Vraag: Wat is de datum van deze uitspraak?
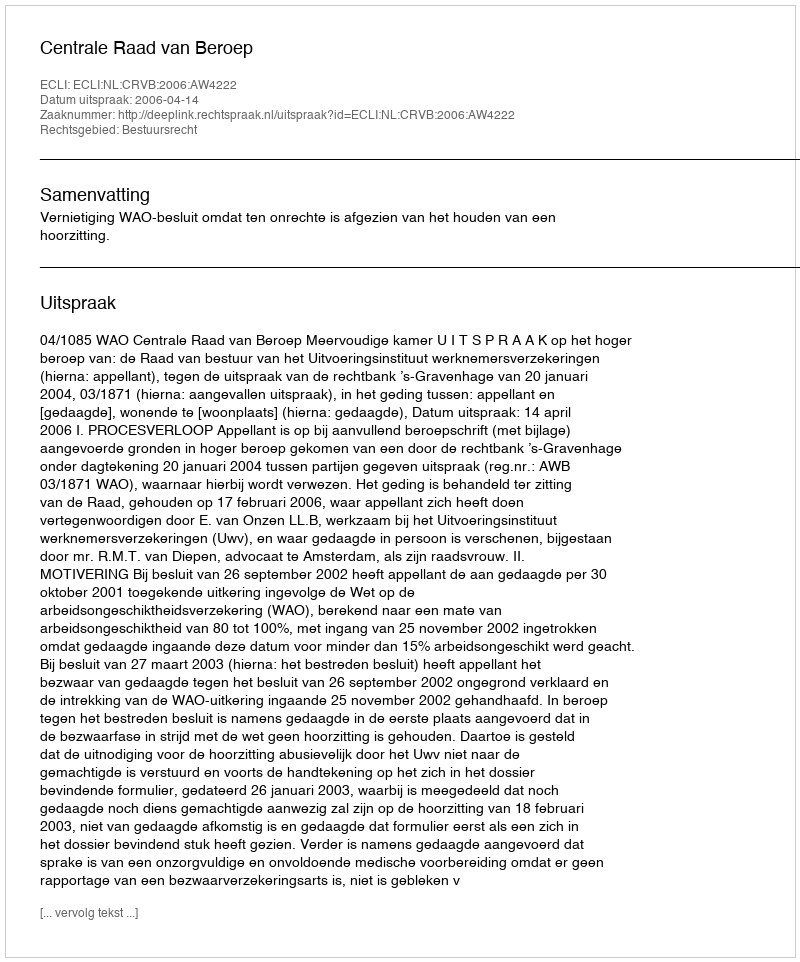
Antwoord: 2006-04-14